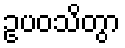
ဥပဝသိတွာ